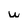
Character: w